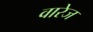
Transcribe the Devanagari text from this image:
वारेज